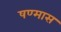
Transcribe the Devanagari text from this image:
षण्मास